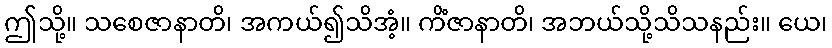
ဤသို့။ သစေဇာနာတိ၊ အကယ်၍သိအံ့။ ကိံဇာနာတိ၊ အဘယ်သို့သိသနည်း။ ယေ၊